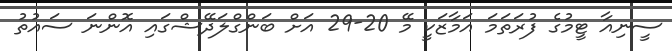
ސީނިއާ ޓީމުގެ ފުރަތަމަ އަމާޒަކީ މޭ 20-29 އަށް ބަންގްލަދޭޝްގައި އޮންނަ ސައުތު